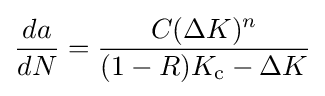
{da \over dN}={\frac {C(\Delta K)^{n}}{(1-R)K_{\text{c}}-\Delta K}}